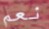
نعم